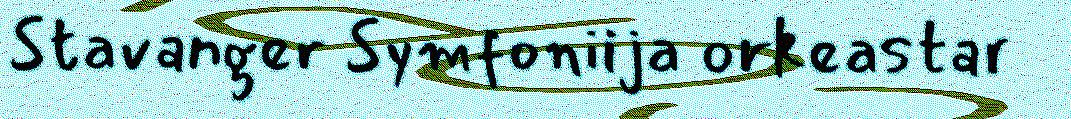
Stavanger Symfoniija orkeastar